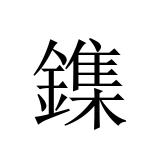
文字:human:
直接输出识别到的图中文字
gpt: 鏶